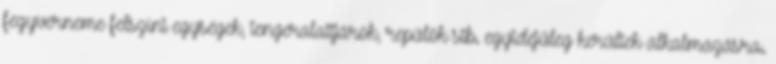
fegyverneme felszíni egységek, tengeralattjárók, repülők stb. egyidejűleg kerültek alkalmazásra.